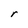
Character: r